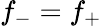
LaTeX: f_{-}=f_{+}